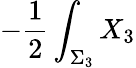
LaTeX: -{\frac{1}{2}}\int_{\Sigma_{3}}X_{3}